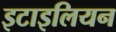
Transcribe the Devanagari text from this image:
इटाइलियन